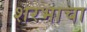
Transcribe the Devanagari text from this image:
शरभाचा